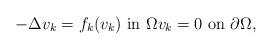
LaTeX: \begin{align*}-\Delta v_k=f_k(v_k)\ \mbox{in $\Omega$} v_k=0\ \mbox{on $\partial\Omega$}, \end{align*}